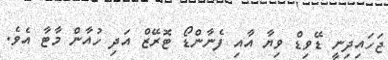
ޖަހައިދިނީ ޑޭވިޑް ވިޔާ އާއި ފެނާންޑޯ ޓޮރޭޒް އަދި ހުއާން މާޓާ އެވެ.